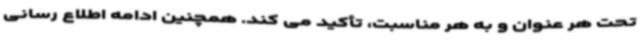
تحت هر عنوان و به هر مناسبت، تأکید می کند. همچنین ادامه اطلاع رسانی